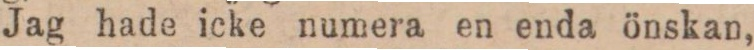
Jag hade icke numera en enda önskan,